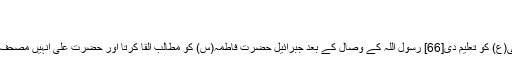
[64]
آئمہ(ع) کی مدد
نیز کہا گیا کہ جبرائیل نے دعائے لیلۃ السبت حضرت علی(ع) کو تعلیم دی[66] رسول اللہ کے وصال کے بعد جبرائیل حضرت فاطمہ(س) کو مطالب القا کرتا اور حضرت علی انہیں مصحف میں لکھ لیتے جو مصٖحف فاطمہ کے نام سے مشہور ہوا۔